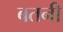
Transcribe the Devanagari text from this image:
बतनी